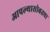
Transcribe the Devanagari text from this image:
आपल्यासोबतचा